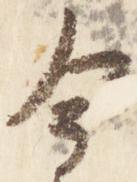
今